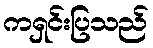
ကရှင်းပြသည်